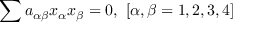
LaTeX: \sum a _ { \alpha \beta } x _ { \alpha } x _ { \beta } = 0 , \ \left[ \alpha , \beta = 1 , 2 , 3 , 4 \right]